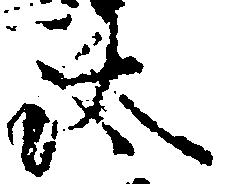
汰